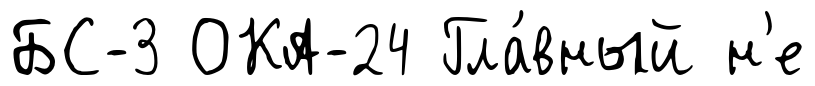
БС-3 ОКА-24 Гла́вный н'е